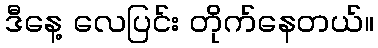
ဒီနေ့ လေပြင်း တိုက်နေတယ်။